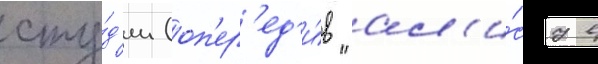
сту́д'ии (оп'ер'ед'и́в "ал'и́су в